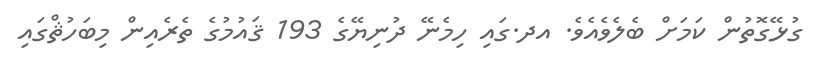
ގުޅޭގޮތުން ކަމަށް ބެލެވެއެވެ. އދ.ގައި ހިމެނޭ ދުނިޔޭގެ 193 ޤައުމުގެ ތެރެއިން މިބަހުޘްގައި